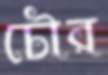
চৌর